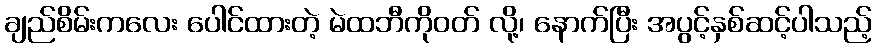
ချည်စိမ်းကလေး ပေါင်ထားတဲ့ မဲထဘီကိုဝတ် လို့၊ နောက်ပြီး အပွင့်နှစ်ဆင့်ပါသည့်